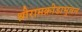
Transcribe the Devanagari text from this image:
श्रीरामक्रीडाभुवन